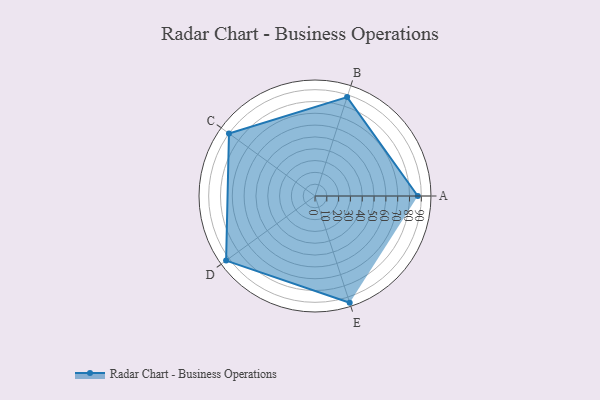
{"axis": {"x": "Skill", "y": "Score"}, "legend": ["Profile"], "data": [{"x": "A", "y": 87.0, "type": "Profile"}, {"x": "B", "y": 88.0, "type": "Profile"}, {"x": "C", "y": 90.0, "type": "Profile"}, {"x": "D", "y": 93.0, "type": "Profile"}, {"x": "E", "y": 95.0, "type": "Profile"}]}